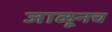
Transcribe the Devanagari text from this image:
जाळूनच